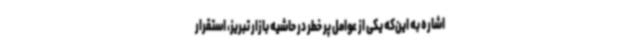
اشاره به این‌که یکی از عوامل پر خطر در حاشیه بازار تبریز، استقرار